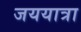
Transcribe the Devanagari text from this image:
जययात्रा